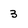
Character: 3